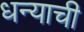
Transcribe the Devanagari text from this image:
धन्याची